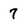
Character: 7